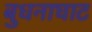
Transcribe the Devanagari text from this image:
बुधनाघाट